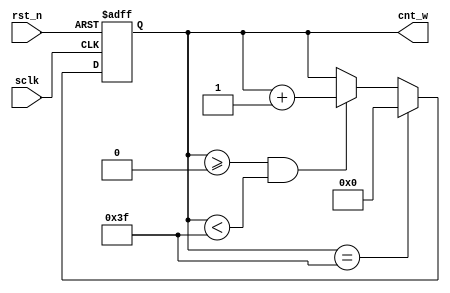
module cnt_64(
	input wire sclk,
	input wire rst_n,
	output wire [7:0] cnt_w
);
reg [7:0] cnt;
assign cnt_w = cnt;
//reg ctrl_flag;

//always @(posedge sclk or negedge rst_n)
//	if(rst_n == 1'b1)
//		ctrl_flag = 1'b0;
//	else if(cnt == 8'd63)
//	
//	else if(cnt == 


always @(posedge sclk or negedge rst_n)
	if(rst_n==1'b0)
		cnt <= 1'b0;
	else if(cnt == 8'd63)
		cnt <= 8'd0;
	else if(cnt >= 8'd0 && cnt < 8'd63)
		cnt <= cnt + 1'b1;


endmodule